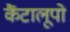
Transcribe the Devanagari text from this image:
कैंटालूपो